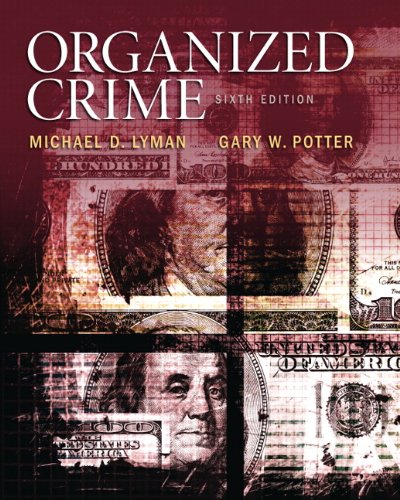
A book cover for Organized Crime (6th Edition); Michael D. Lyman; Law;